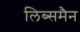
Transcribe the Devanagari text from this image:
लिब्समैन